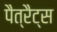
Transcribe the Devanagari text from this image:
पैत्रैट्स